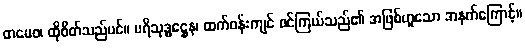
တမေဝ၊ ထိုစိတ်သည်ပင်။ ပရိသုဒ္ဓဋ္ဌေန၊ ထက်ဝန်းကျင် စင်ကြယ်သည်၏ အဖြစ်ဟူသော အနက်ကြောင့်။